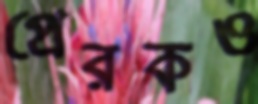
প্রেরকও